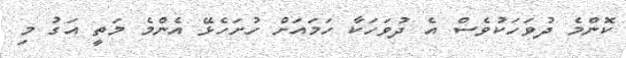
ކޮންމެ ދުވަހަކުވެސް އެ ދުވަހަކާ ހަމައަށް ހުށަހެޅޭ އެންމެ މަތީ އަގު މި